Report on sanitation, dispensaries, and jails in Rajputana for 1911, and on vaccination for the year 1911-1912 - 1911-1912
Year: 1911
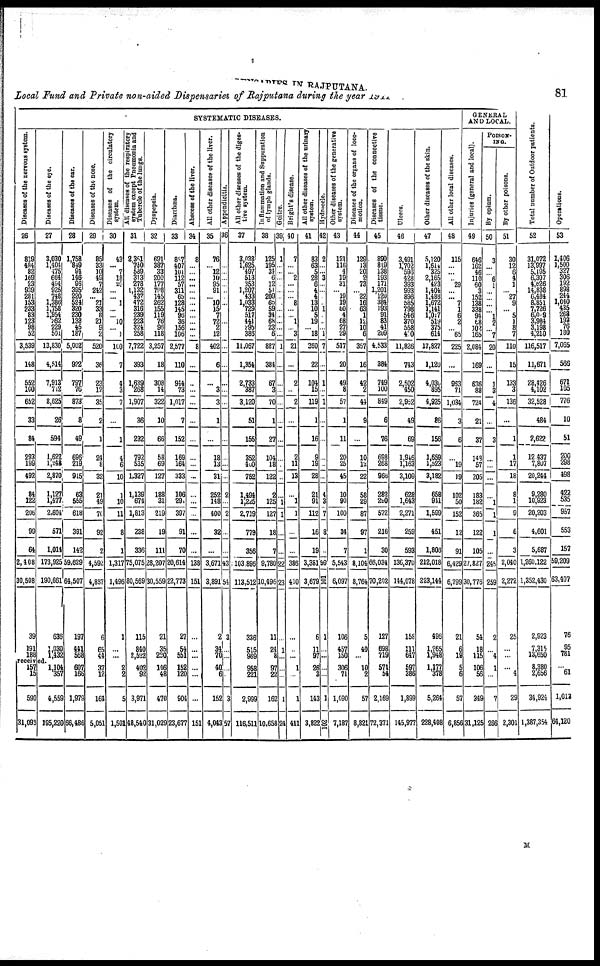
DISPENSARIES IN RAJPUTANA. 81
Local Fund and Private non-aided Dispensaries of Rajputana during the year 1911
SYSTEMATIC DISEASES.
Diseases of the nervous system.
26
819
484
82
169
23
939
281
153
233
83
123
98
52
3,539
148
552
100
652
33
84
293
199
492
84
122
206
99
64
2,408
30,508
39
191
188
Diseases of the eye.
27
3,030
1,404 475
664
494 925
748
1,386
1,758
1,954
262
229
501
13,830
4,514
7,913
712
8,625
26
594
1,622
1,248
2,870
1,127
1,477
2,604
571
1,014
173,925
190,661
636
1,030
1,432
received.
157
15
590
31,093
1,104
357
4,559
195,220
Diseases of the ear.
28
1,758
849
94
146
96
395
220
524
320
230
133
45
187
5,002
972
797
76
873
8
49
696
219
915
63
555
618
391
142
59,629
64,507
197
441
568
607
166
1,979
66,486
Diseases of the nose.
29
85
33
10
49
7
242
... 21
33
8
21
9
2
520
36
23
12
35
2
1
24
8
32
21
49
70
92
2
4,592
4,837
6
65
44
37
12
164
5,051
Diseases of the circulatory
system.
30
43
... 7
18
20
... ... 1
...
... 10
... 1
100
7
4
3
7
...
1
4
6
10
1
10
11
8
1
1,317
1,496
1
...
...
2
2
5
1,501
Alt diseases of the respiratory
system except Pneumonia and
Tubercle of the lungs.
31
2,361
700
589
313
278
1,132
437
472
316
239
223
324
258
7,722
393
1,639
268
1,907
36
232
792
535
1,327
1,139
674
1,813
238
336
75,075
80,569
115
840
2,522
402
92
3,971
48,540
Dyspepsia.
32
691
387
33
200
177
798
145
262
155
119
76
96
118
3,257
18
308
14
322
10
66
58
69
127
188
31
219
19
111
28,207
30,559
21
35
220
146
48
470
31,029
Diarrhœa.
33
887
407
101
112
57
311
65
128
145
96
36
156
106
2,577
110
944
73
1,017
7
152
169
164
333
106
29
397
91
70
20,614
22,773
27
54
551
152
120
904
23,677
Abscess of the liver.
34
8
...
...
...
...
...
...
...
...
...
...
...
...
8
...
...
...
...
...
...
...
...
...
...
...
...
...
...
138
151
...
...
...
...
...
...
151
All other diseases of the liver.
35
76
... 12
10
95
91
... 10
15
7
72
2
12
402
6
...
3
3
1
...
18
13
31
252
148
400
32
...
3,671
3,891
2
34
70
40
6
152
4,043
Appendicitis.
36
...
...
...
...
...
...
...
...
...
...
...
...
...
...
...
...
...
...
2
...
2
...
...
43
54
3
...
...
...
...
3
57
All other diseases of the diges-
tive system.
37
3,038
1,625
497
513
353
1,207
433
1,033
729
517
441
295
386
11,067
1,354
2,733
387
3,120
51
155
352
400
752
1,494
1,225
2,719
779
356
103,896
113,512
336
515
969
958
221
2,999
116,511
Inflammation and Suppuration
of lymph glands.
38
125
195
34
6
12
51
209
66
59
34
63
23
6
887
384
67
3
70
1
27
104
18
122
2
125
127
18
7
9,780
10,496
11
24
8
97
22
162
10,658
Goitre.
39
1
...
...
...
...
...
..
.
...
..
...
...
...
1
...
...
...
...
...
...
...
...
..
...
1
1
...
...
22
23
...
1
...
...
...
1
24
Bright's disease.
40
7
...
... 2
...
...
... 8
...
... 1
... 3
21
...
2
...
2
...
2
11
13
...
1
1
...
...
386
410
...
...
...
1
...
1
411
All other diseases of the urinary
system.
41
83
63
5
28
6
4
4
13
10
5
19
... 18
260
22
104
15
119
1
16
9
19
28
21
91
112
16
19
3,381
3,679
6
11
97
26
3
143
3,822
Hydrocele.
42
2
...
... 3
...
...
...
... 1
...
...
... 1
7
...
1
...
1
...
...
...
...
...
4
3
7
8
...
99
101
1
...
...
...
...
1
102
Other diseases of the generative
system.
43
121
116
4
19
31
... 19
19
60
4
68
27
29
517
20
49
8
57
1
11
20
25
45
10
90
100
34
7
5,543
6,097
106
457
150
306
71
1,090
7,187
Diseases of the organs of loco-
motion.
44
129
13
20
2
73
... 22
16
63
1
12
10
6
357
16
42
2
44
9
...
10
13
22
58
29
87
97
1
8,104
8,764
5
40
...
10
2
57
8,821
Diseases of the connective
tissue.
45
890
819
138
193
171
1,201
120
384
193
91
83
41
209
4,533
384
749
100
849
6
76
698
268
966
282
290
572
216
30
66,034
70,202
127
698
719
571
54
2,169
72,371
Ulcers.
46
3,491
1,702
596
428
393
993
896
585
798
546
370
558
410
11,826
743
2,502
450
2,952
49
69
1,946
1,163
3,109
628
1,643
2,271
259
593
136,370
144,078
158
111
647
591
386
1,899
145,977
Other diseases of the skin.
47
5,120
1,614
325
2,165
423
1,404
1,488
1,672
1,141
1,017
519
375
614
17,827
1,120
4,036
895
4,925
86
156
1,659
1,523
3,182
658
941
1,599
451
1,806
212,018
223,144
496
1,265
1,948
1,177
378
5,264
228,408
All other local diseases.
48
115
...
...
... 29
...
... 7
1
6
2
... 65
225
...
963
71
1,034
3
6
...
19
19
102
50
152
12
91
6,429
6,799
21
6
19
5
6
57
6,856
GENERAL
AND LOCAL.
Injuries (general and local).
49
646
162
46
110
60
3
152
138
338
94
68
102
165
2,084
169
636
88
724
21
37
148
57
205
183
182
365
122
105
27,827
30,776
54
18
115
106
56
349
31,125
POISON-
ING.
By opium.
50
3
...
... 6
1
...
...
...
... 1
2
... 7
20
...
1
3
4
...
3
...
...
...
...
1
1
1
...
245
259
2
...
4
1
...
7
266
By other poisons.
51
30
12
6
4
1
... 27
9
... 5
1
8
7
110
15
133
3
136
...
1
1
17
18
8
1
9
6
3
2,040
2,272
25
...
...
... 4
29
2,301
Total number of Outdoor patients.
52
31,072
13,997
5,195
6,307
4,626
14,838
6,484
8,851
7,726
6,089
3,984
3,198
4,210
116,517
11,671
28,426
4,102
32,528
484
2,622
12,437
7,807
20,244
9,280
10,923
20,203
4,601
5,687
1,260,122
1,352,430
2,923
7,315
13,650
8,380
2,656
34,924
1,387,354
Operations.
53
1,406
1,500
327
306
192
898
244
1,040
435
268
193
76
180
7,065
566
671
105
776
10
51
200
298
498
422
535
957
553
157
59,209
63,407
76
95
781
... 61
1,013
64,120
M